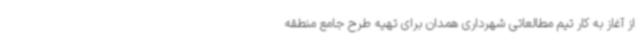
از آغاز به کار تیم مطالعاتی شهرداری همدان برای تهیه طرح جامع منطقه